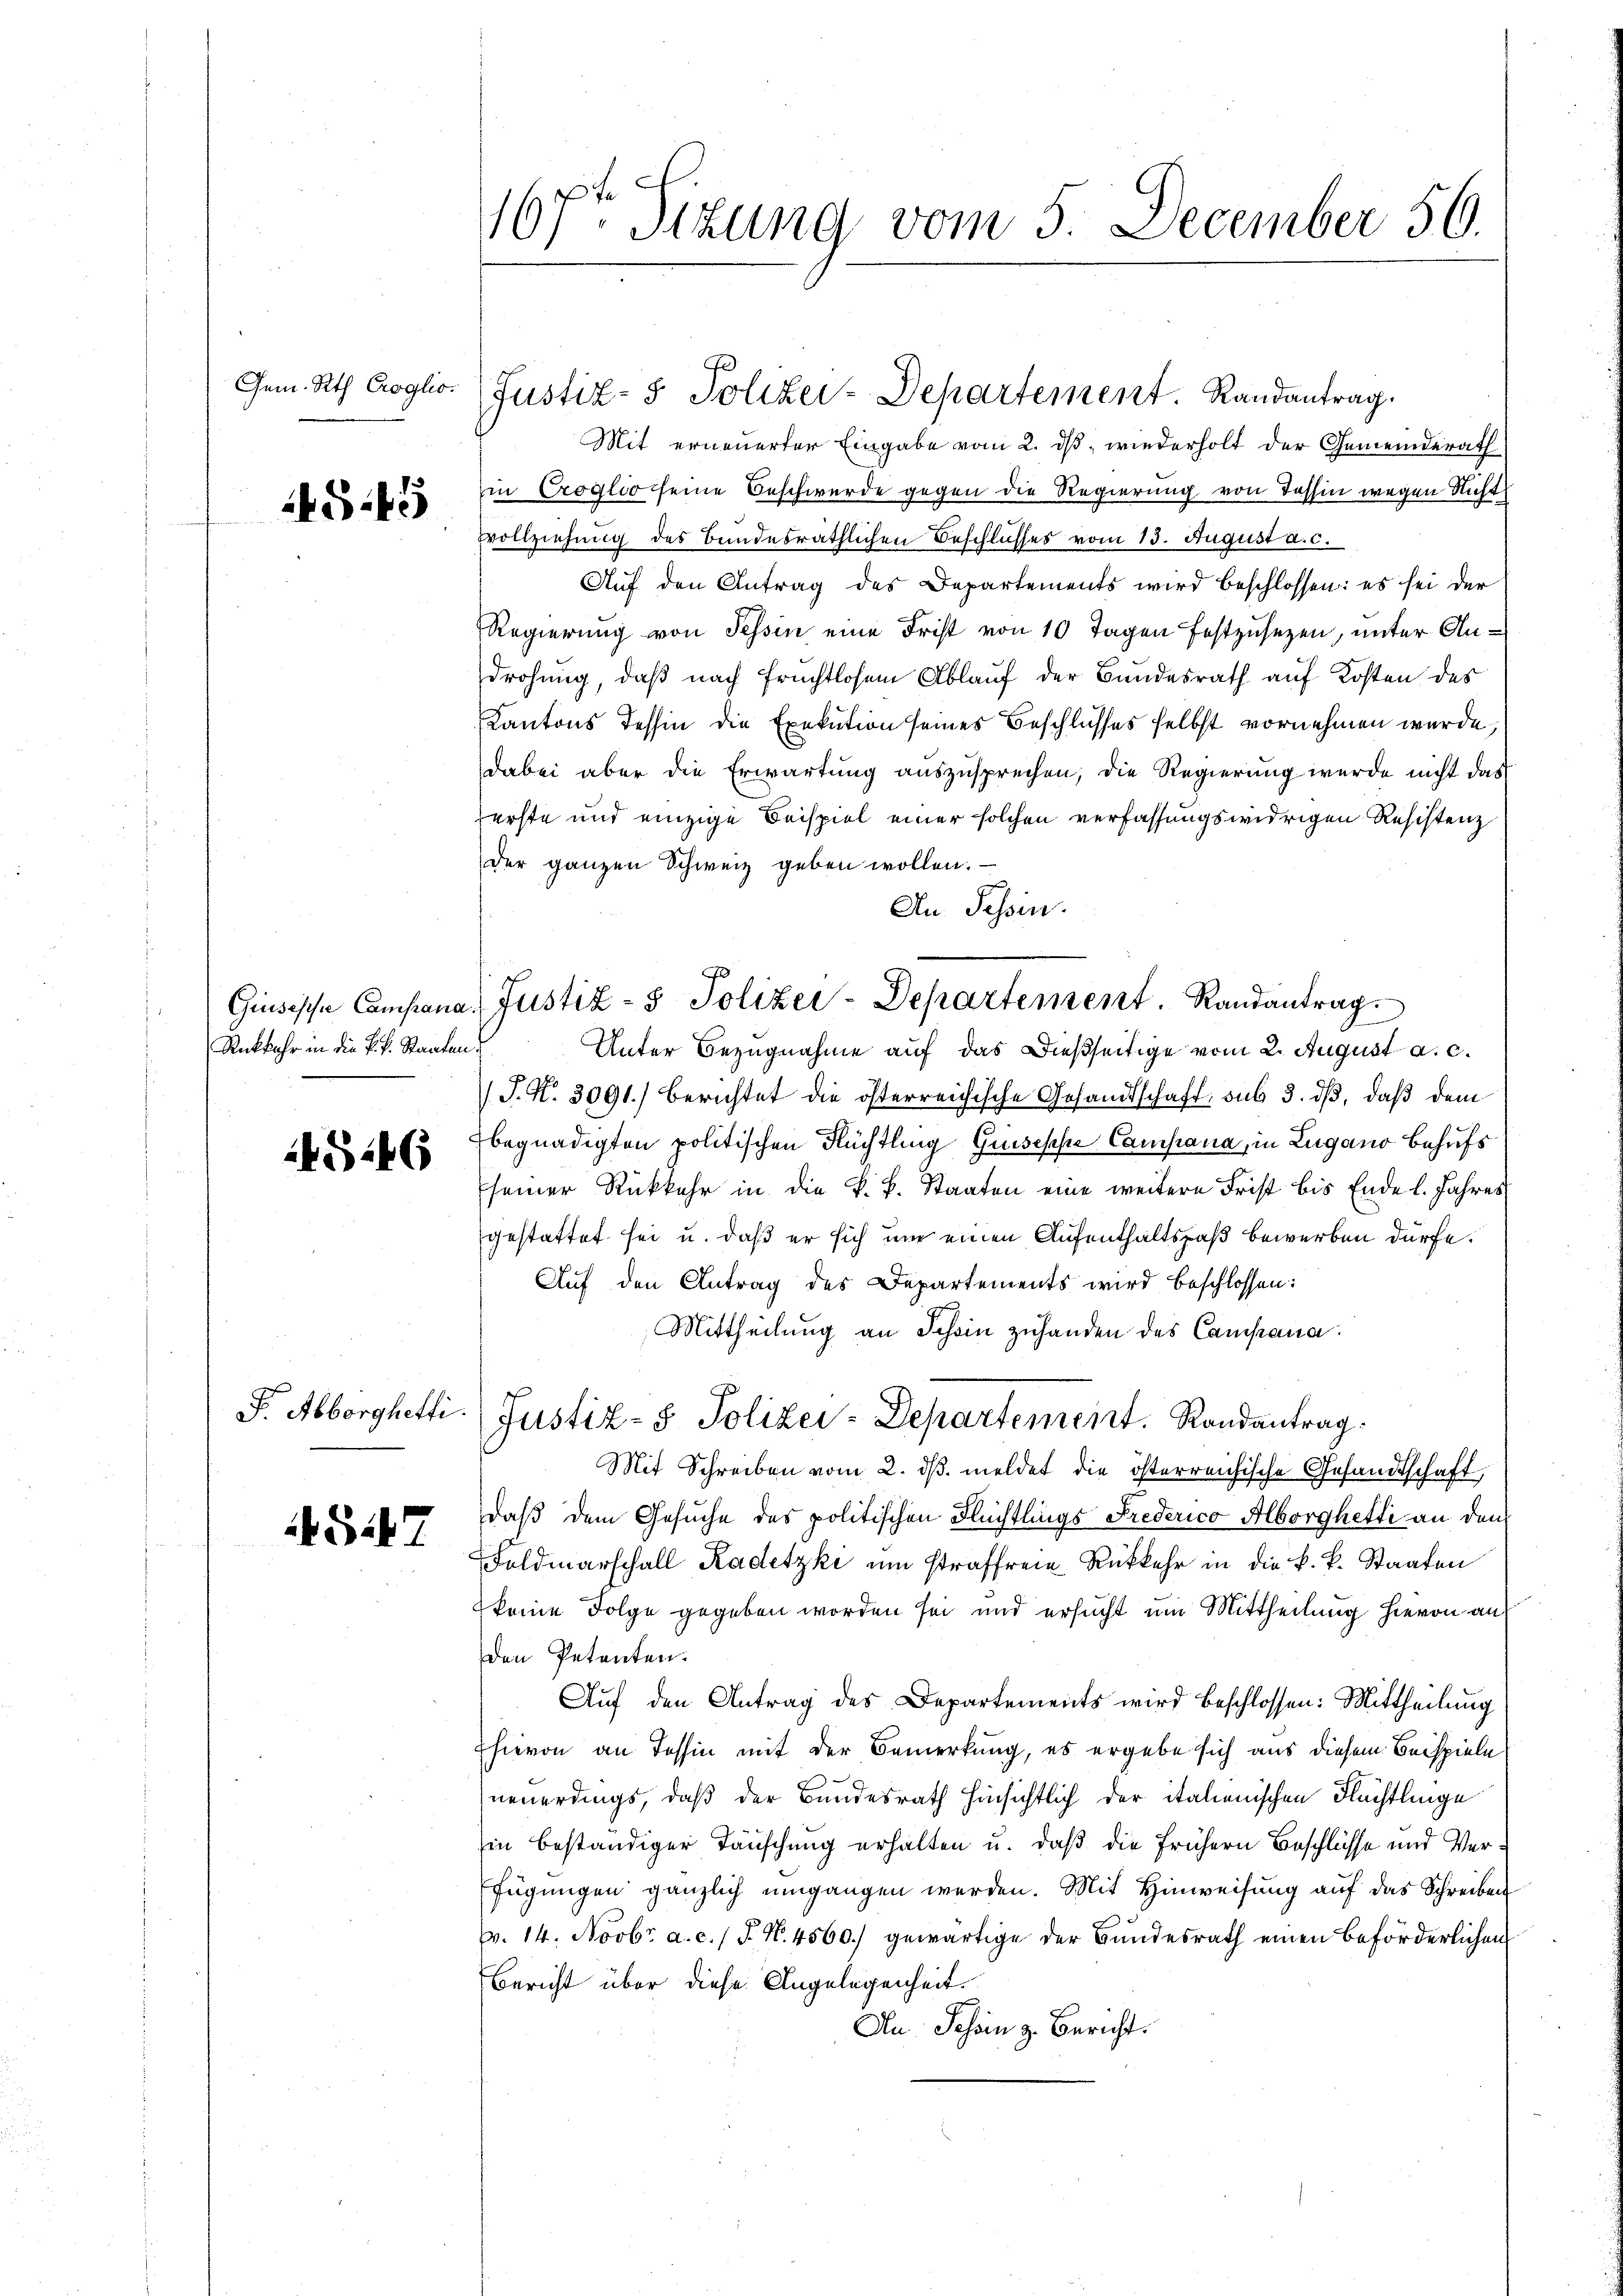
545

Rückkahr in die k. k. Staaten.

5246

4547

167t Sizung vom 5. December 56.

Gem. Rth. Croglio. (Justiz- & Poliker-Departement. Randantrag.

Mit erneuerter Eingabe vom 2. ds, wiederholt der Gemeinderath
in Croglio seine Beschwerde gegen die Regierung von Tessin wegen Nicht
Vollziehung des bundesräthlichen Beschlusses vom 13. August a. c.
Auf den Antrag des Departements wird beschlossen: es sei der
Regierung von Tessin eine Frist von 10 Tagen festzusetzen, unter Androhung, daß nach Fruchtlosem Ablauf der Bundesrath auf Kosten des
Kantons Tessin die Exekution seines Beschlusses selbst vornehmen wurde,
dabei aber die Erwartung auszusprechen, die Regierung wurde nicht das
erste und einzige Beispiel einer solchen verfassungswidrigen Resistenz
der ganzen Schweiz geben wollen.
An Tessin.
Unter Bezugnahme auf das dießseitige vom 2. August a. c.
J. N. 3091.) Berichtet die österreichische Gesandtschaft, sub 3. ds, daß dem
begnadigten politischen Flüchtling Grisesche Campana, in Lugano behufs
seiner Rückkehr in die k. k. Staaten eine weitere Frist bis Ende l. Jahres
gestattet sei u. daß er sich um einen Aufenthaltspaß bewerben dürfe.
Auf den Antrag des Departements wird beschlossen:
Mittheilung an Schein zuhanden des Campana.
F. Abborghetti. (Justiz- & Polizei-Departement. Randantrag
Mit Schreiben vom 2. dβ meldet die österreichische Gesandtschaft,
daß dem Gesuche des politischen Flüchtlings Frederico Alborghetti an den
Foldmarschall Kadetzki um straffreie Rückkehr in die k. k. Staaten
keine Folge gegeben worden sei und ersucht um Mittheilung hievon auf
den Petenten.
Auf den Antrag des Departements wird beschlossen: Mittheilung
hievon an Tessin mit der Bemerkung, es ergebe sich aus diesem Beispiele
neuerdings, daß der Bundesrath Hinsichtlich der italienischen Flüchtlinge
hin beständiger Täuschung erhalten u. daß die frühern Beschlüsse und Verfügungen gänzlich umgangen werden. Mit Hinweisung auf das Schreiben
pr. 14. Novbr. a. c. 1 P. N. 4560.) gewärtige der Bundesrath einen beförderlichen
Bericht über diese Angelegenheit.
An Schön z. Bericht.

Grusische Campana, Justiz- & Polizei-Departement. Randantrag.